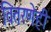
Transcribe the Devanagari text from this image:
वितरणेही